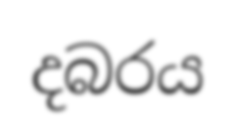
දබරය